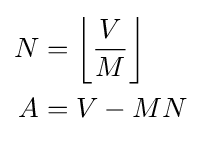
{\begin{aligned}N&=\left\lfloor {\frac {V}{M}}\right\rfloor \\A&=V-MN\end{aligned}}